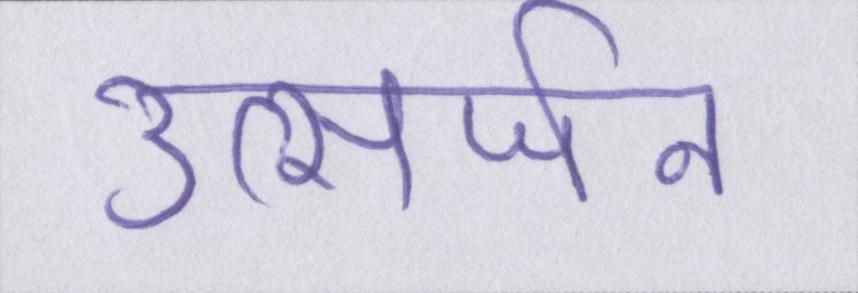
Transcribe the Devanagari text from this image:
उत्सर्जन